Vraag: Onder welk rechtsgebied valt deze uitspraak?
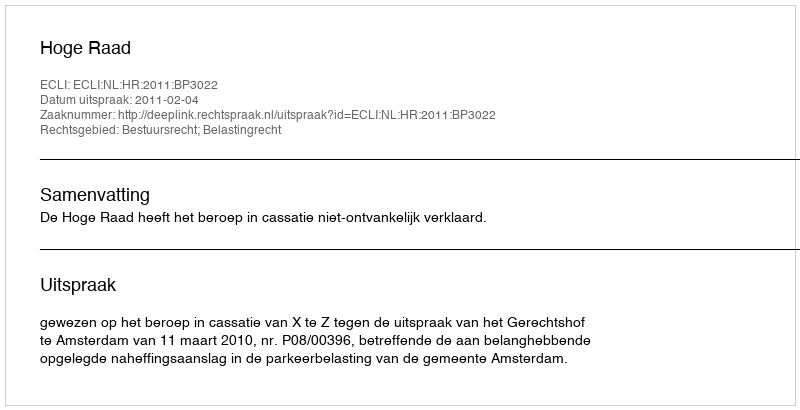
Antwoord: Bestuursrecht; Belastingrecht